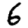
Digit: 6